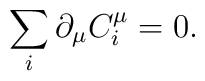
\sum_{i}\partial _{\mu }C_{i}^{\mu }=0.